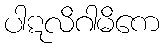
ပါဋလိဂါမိကေ